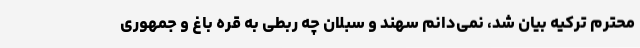
محترم ترکیه بیان شد، نمی‌دانم سهند و سبلان چه ربطی به قره باغ و جمهوری